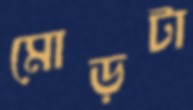
মোড়টা